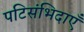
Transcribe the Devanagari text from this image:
पटिसंभिदाएँ